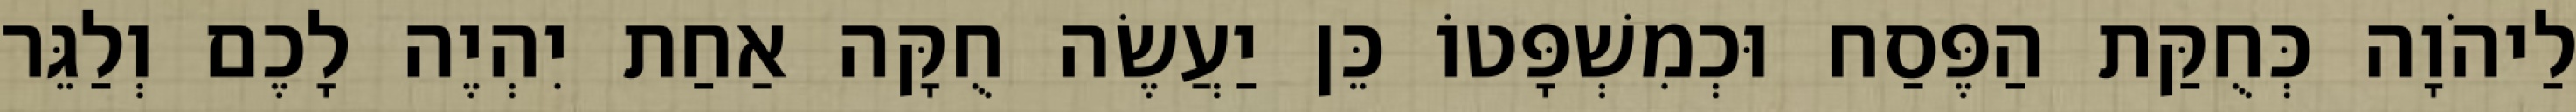
לַיהֹוָה כְּחֻקַּת הַפֶּסַח וּכְמִשְׁפָּטוֹ כֵּן יַעֲשֶׂה חֻקָּה אַחַת יִהְיֶה לָכֶם וְלַגֵּר